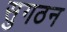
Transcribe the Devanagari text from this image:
सुगठन